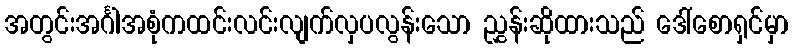
အတွင်းအင်္ဂါအစုံကထင်းလင်းလျက်လှပလွန်းသော ညွှန်းဆိုထားသည် ဒေါ်စောရှင်မှာ